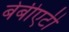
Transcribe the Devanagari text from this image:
बेबीएटी